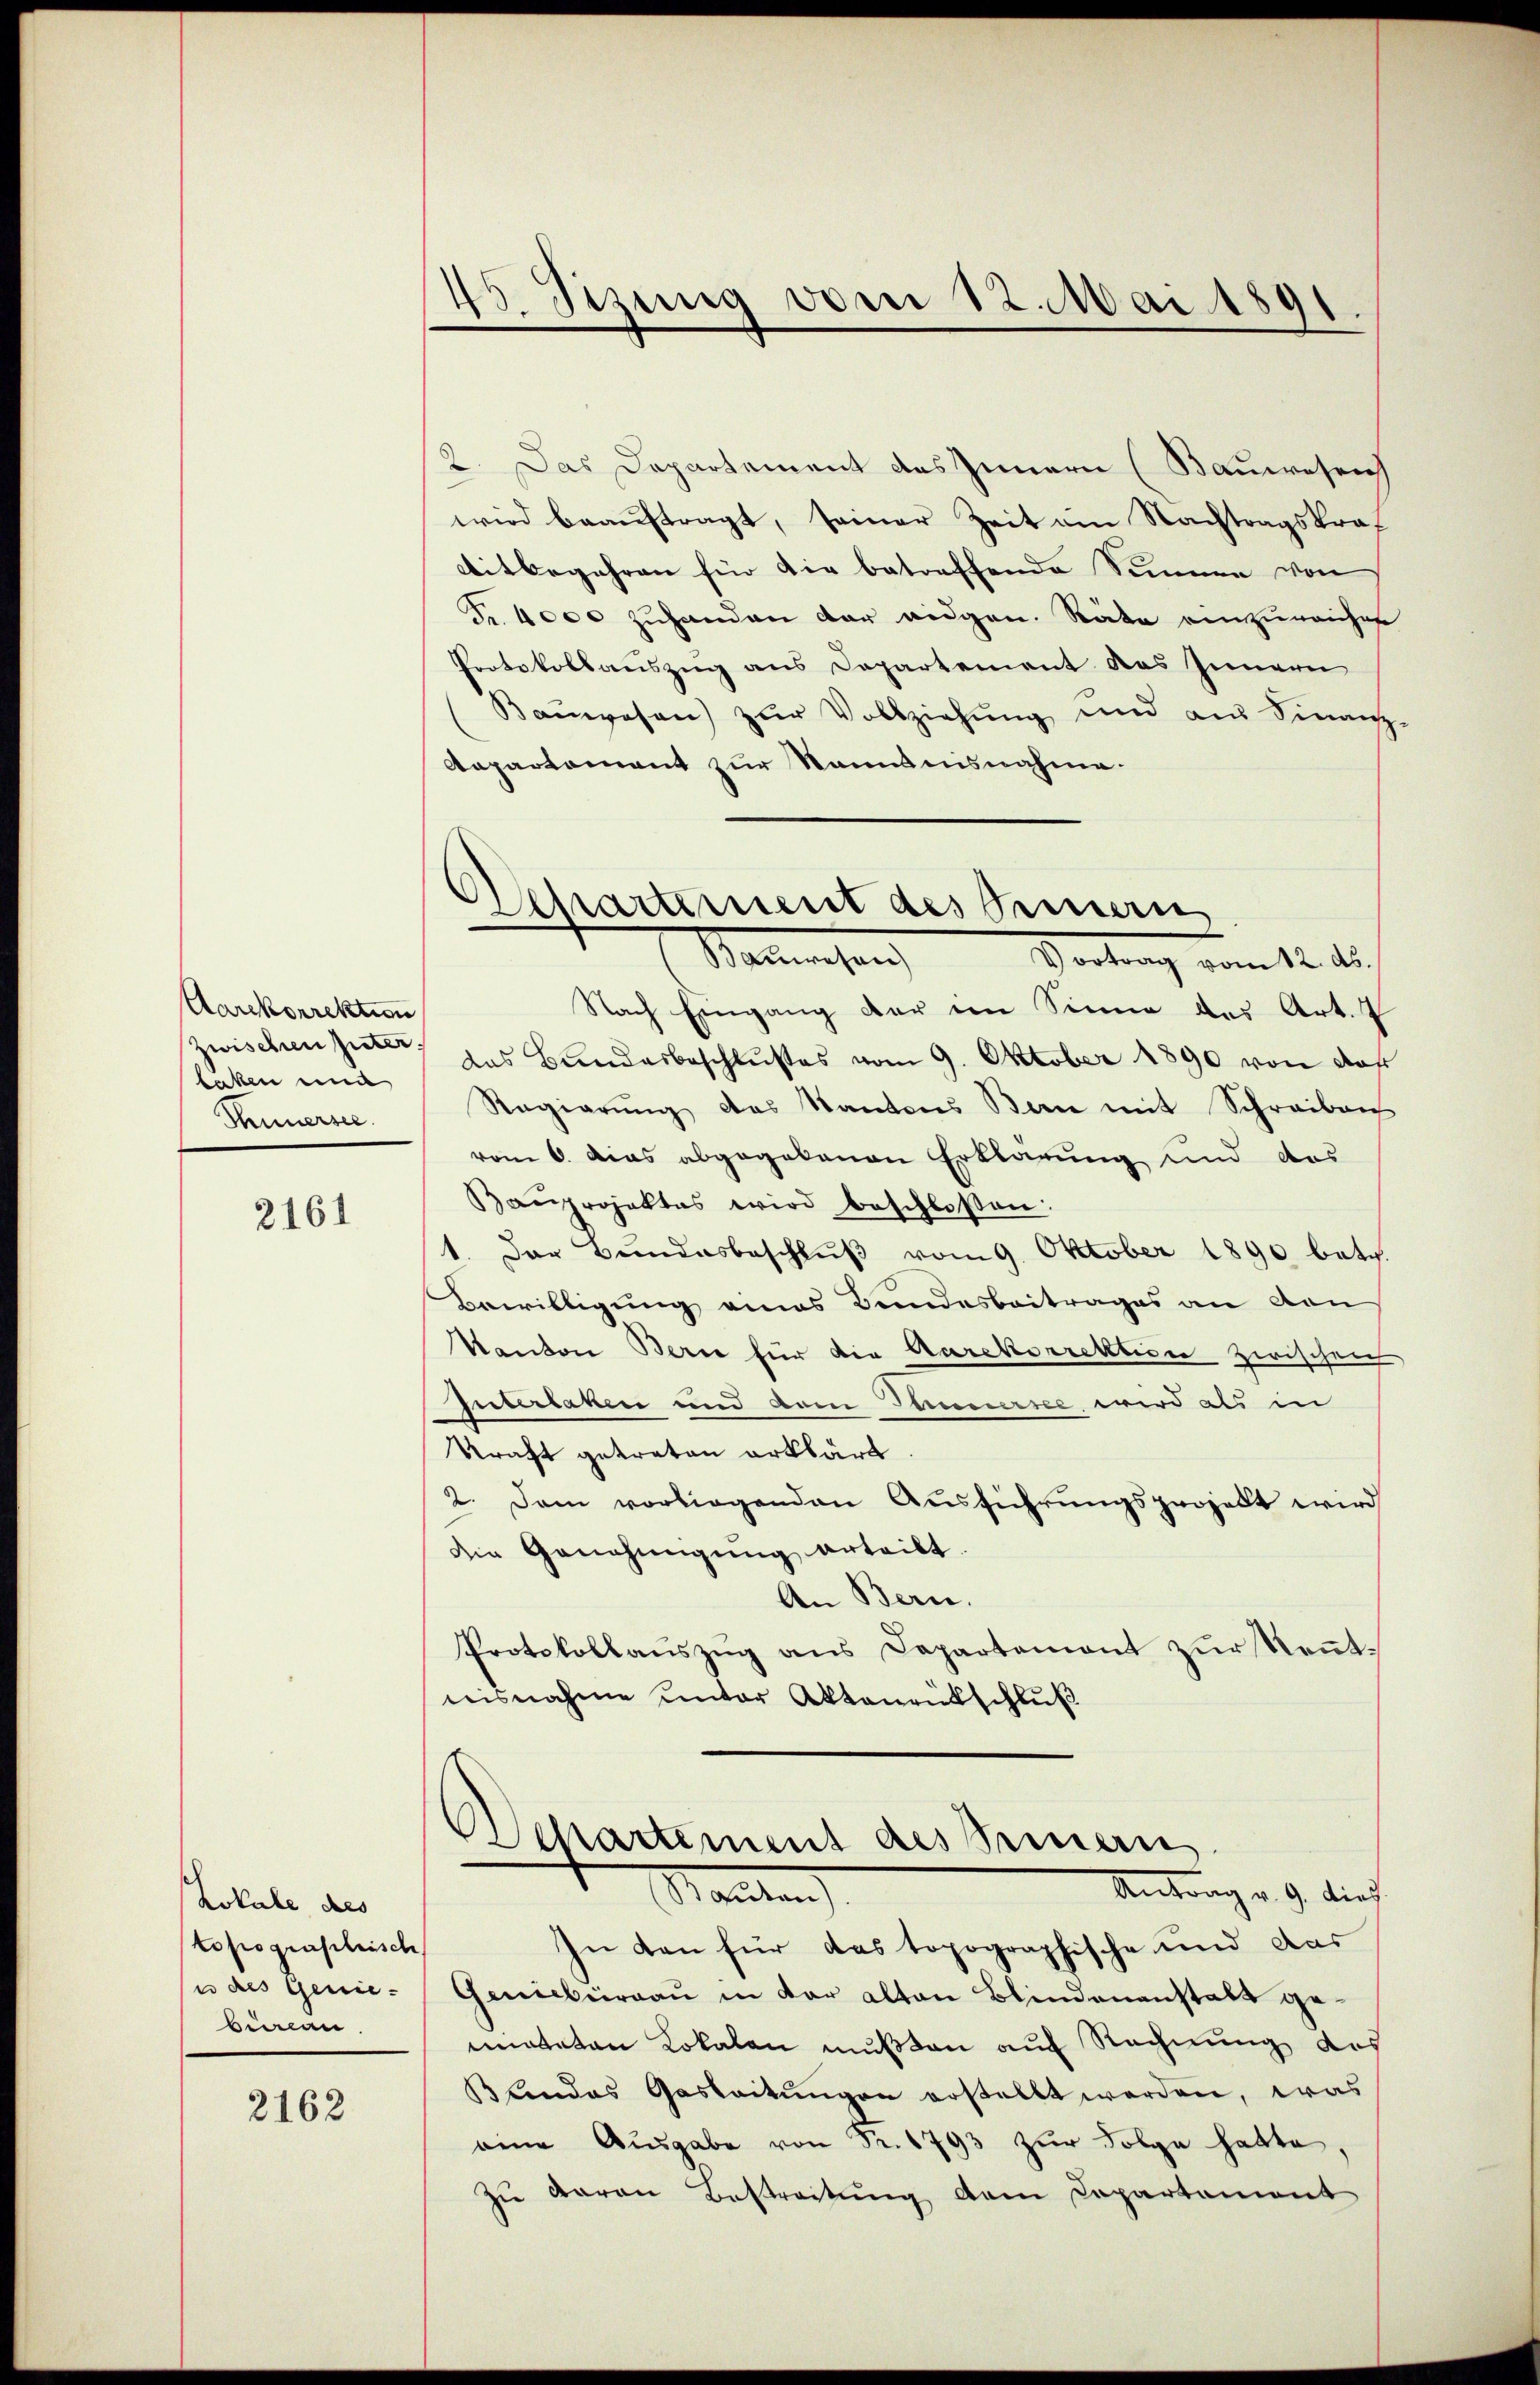
Aarckorrektion
zwischen Güter.
laken eine
Kunersee.

2161

Lokale des
topograsleisch
e des Genie-
bewan

2162

45. Sitzung von 12. Mai 1891

Departement des Sinnern
(Malmechan

2. Das Departement des Innern (Bauwesen
wird beaŭftragt, seiner Zeit am Nachtragskraf
Mitbegehren für die betreffende Summe von
Fr. 4000 zuhanden der eidgen. Räte einzureichen
Protokollauszug aus Departement das Innern
Baŭwesen) zur Vollziehung und am Finanz
Aapartement zur Kenntnisnahme.
Vortrag vom 12. d.
Nach Eingang der im Sinne des Art. 7
das Bundesbeschlußes vom 9. Oktober 1890 von daf
Regierŭng des Kantons Bern mit Schreiben
vom 6. das abgegebenen Erklärung und des
Bauprojektes wird beschloßen:
1. Das Bundesbeschluß vom 9. Oktober 1890 betr.
Bewilligung eines Bundesbeitrages an den
Kanton Berne für die Aarekorrektion zwischen
Interlaken und vom Stimmersee, wird als in
Kraft getreten erklärt.
2. Dem vorliegenden Ausführungsprojekt wird
die Genehmigŭng erteilt.
An Bern.
Protokollanszŭg ans Departement zŭr Keṅt-
risnahme unter Aktenrütschluß

Departement des Seinern
Antrag v. 9. dies
Standten

In den für das topographische und das
Genicbüreau in der alten Blindenanstalt gemieteten Lokalen mußten auf Rechnung des
Blindes Gasbeitŭngen erstellt werden, was
eine Aŭsgabe von Fr. 1793 zŭr Folge hatte,
Zŭ daran Bestreitŭng dem Copartement